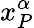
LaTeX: x_{P}^{\alpha}